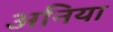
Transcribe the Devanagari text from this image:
अनिया